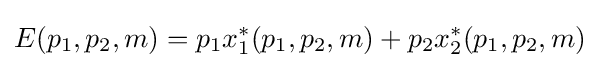
\,\!E(p_{1},p_{2},m)=p_{1}x_{1}^{*}(p_{1},p_{2},m)+p_{2}x_{2}^{*}(p_{1},p_{2},m)